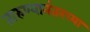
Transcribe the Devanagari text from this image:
तारुण्यानंतरच्या